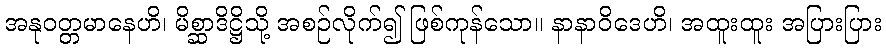
အနုဝတ္တမာနေဟိ၊ မိစ္ဆာဒိဋ္ဌိသို့ အစဉ်လိုက်၍ ဖြစ်ကုန်သော။ နာနာဝိဒေဟိ၊ အထူးထူး အပြားပြား